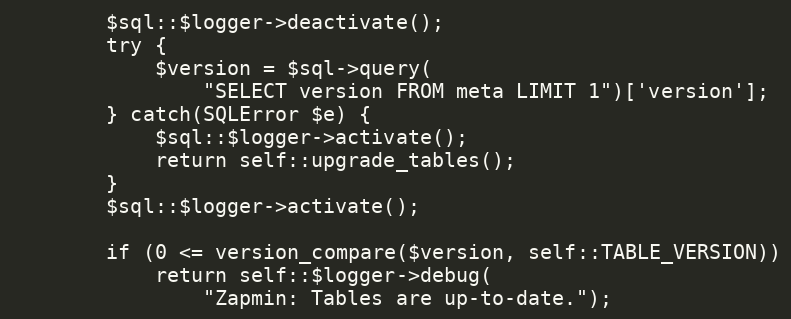
Language: PHP
		$sql::$logger->deactivate();
		try {
			$version = $sql->query(
				"SELECT version FROM meta LIMIT 1")['version'];
		} catch(SQLError $e) {
			$sql::$logger->activate();
			return self::upgrade_tables();
		}
		$sql::$logger->activate();

		if (0 <= version_compare($version, self::TABLE_VERSION))
			return self::$logger->debug(
				"Zapmin: Tables are up-to-date.");